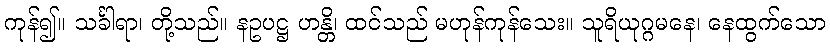
ကုန်၍။ သင်္ခါရာ၊ တို့သည်။ နဥပဋ္ဌ ဟန္တိ၊ ထင်သည် မဟုန်ကုန်သေး။ သူရိယုဂ္ဂမနေ၊ နေထွက်သော